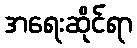
အရေးဆိုင်ရာ